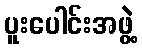
ပူးပေါင်းအဖွဲ့